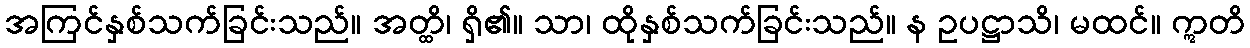
အကြင်နှစ်သက်ခြင်းသည်။ အတ္ထိ၊ ရှိ၏။ သာ၊ ထိုနှစ်သက်ခြင်းသည်။ န ဥပဋ္ဌာသိ၊ မထင်။ ဣတိ